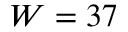
W = 3 7